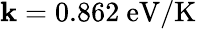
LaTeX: \mathbf{k}=0.862~\mathrm{{eV/K}}